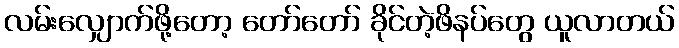
လမ်းလျှောက်ဖို့တော့ တော်တော် ခိုင်တဲ့ဖိနပ်တွေ ယူလာတယ်